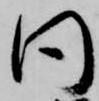
同